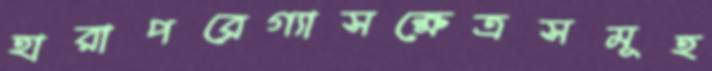
হারাপরেগ্যাসক্ষেত্রসমূহ